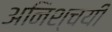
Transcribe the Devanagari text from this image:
अनिश्चयी